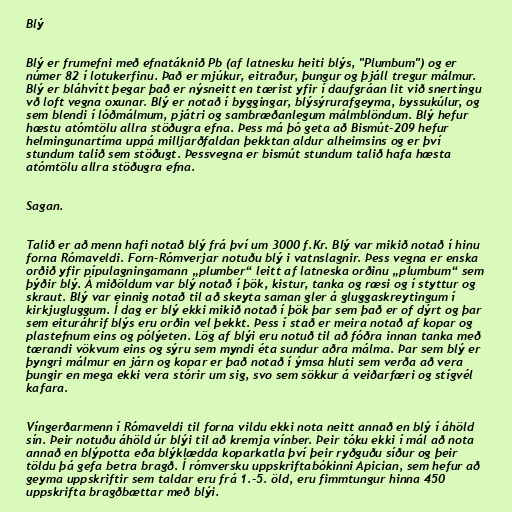
Blý

Blý er frumefni með efnatáknið Pb (af latnesku heiti blýs, "Plumbum") og er
númer 82 í lotukerfinu. Það er mjúkur, eitraður, þungur og þjáll tregur málmur.
Blý er bláhvítt þegar það er nýsneitt en tærist yfir í daufgráan lit við snertingu
vð loft vegna oxunar. Blý er notað í byggingar, blýsýrurafgeyma, byssukúlur, og
sem blendi í lóðmálmum, pjátri og sambræðanlegum málmblöndum. Blý hefur
hæstu atómtölu allra stöðugra efna. Þess má þó geta að Bismút-209 hefur
helmingunartíma uppá milljarðfaldan þekktan aldur alheimsins og er því
stundum talið sem stöðugt. Þessvegna er bismút stundum talið hafa hæsta
atómtölu allra stöðugra efna.

Sagan.

Talið er að menn hafi notað blý frá því um 3000 f.Kr. Blý var mikið notað í hinu
forna Rómaveldi. Forn-Rómverjar notuðu blý i vatnslagnir. Þess vegna er enska
orðið yfir pípulagningamann „plumber“ leitt af latneska orðinu „plumbum“ sem
þýðir blý. Á miðöldum var blý notað í þök, kistur, tanka og ræsi og í styttur og
skraut. Blý var einnig notað til að skeyta saman gler á gluggaskreytingum í
kirkjugluggum. Í dag er blý ekki mikið notað í þök þar sem það er of dýrt og þar
sem eituráhrif blýs eru orðin vel þekkt. Þess í stað er meira notað af kopar og
plastefnum eins og pólýeten. Lög af blýi eru notuð til að fóðra innan tanka með
tærandi vökvum eins og sýru sem myndi éta sundur aðra málma. Þar sem blý er
þyngri málmur en járn og kopar er það notað í ýmsa hluti sem verða að vera
þungir en mega ekki vera stórir um sig, svo sem sökkur á veiðarfæri og stígvél
kafara.

Víngerðarmenn í Rómaveldi til forna vildu ekki nota neitt annað en blý í áhöld
sín. Þeir notuðu áhöld úr blýi til að kremja vínber. Þeir tóku ekki í mál að nota
annað en blýpotta eða blýklædda koparkatla því þeir ryðguðu síður og þeir
töldu þá gefa betra bragð. Í rómversku uppskriftabókinni Apician, sem hefur að
geyma uppskriftir sem taldar eru frá 1.-5. öld, eru fimmtungur hinna 450
uppskrifta bragðbættar með blýi.